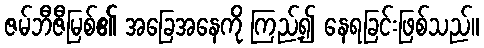
ဇမ်ဘီဇီမြစ်၏ အခြေအနေကို ကြည့်၍ နေရခြင်းဖြစ်သည်။